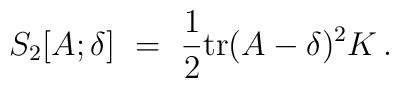
S_2[A;\delta] ~=~ \frac{1}{2} {\rm tr} (A-\delta)^2K   \, .